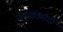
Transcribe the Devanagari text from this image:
एन्सीईआरटी